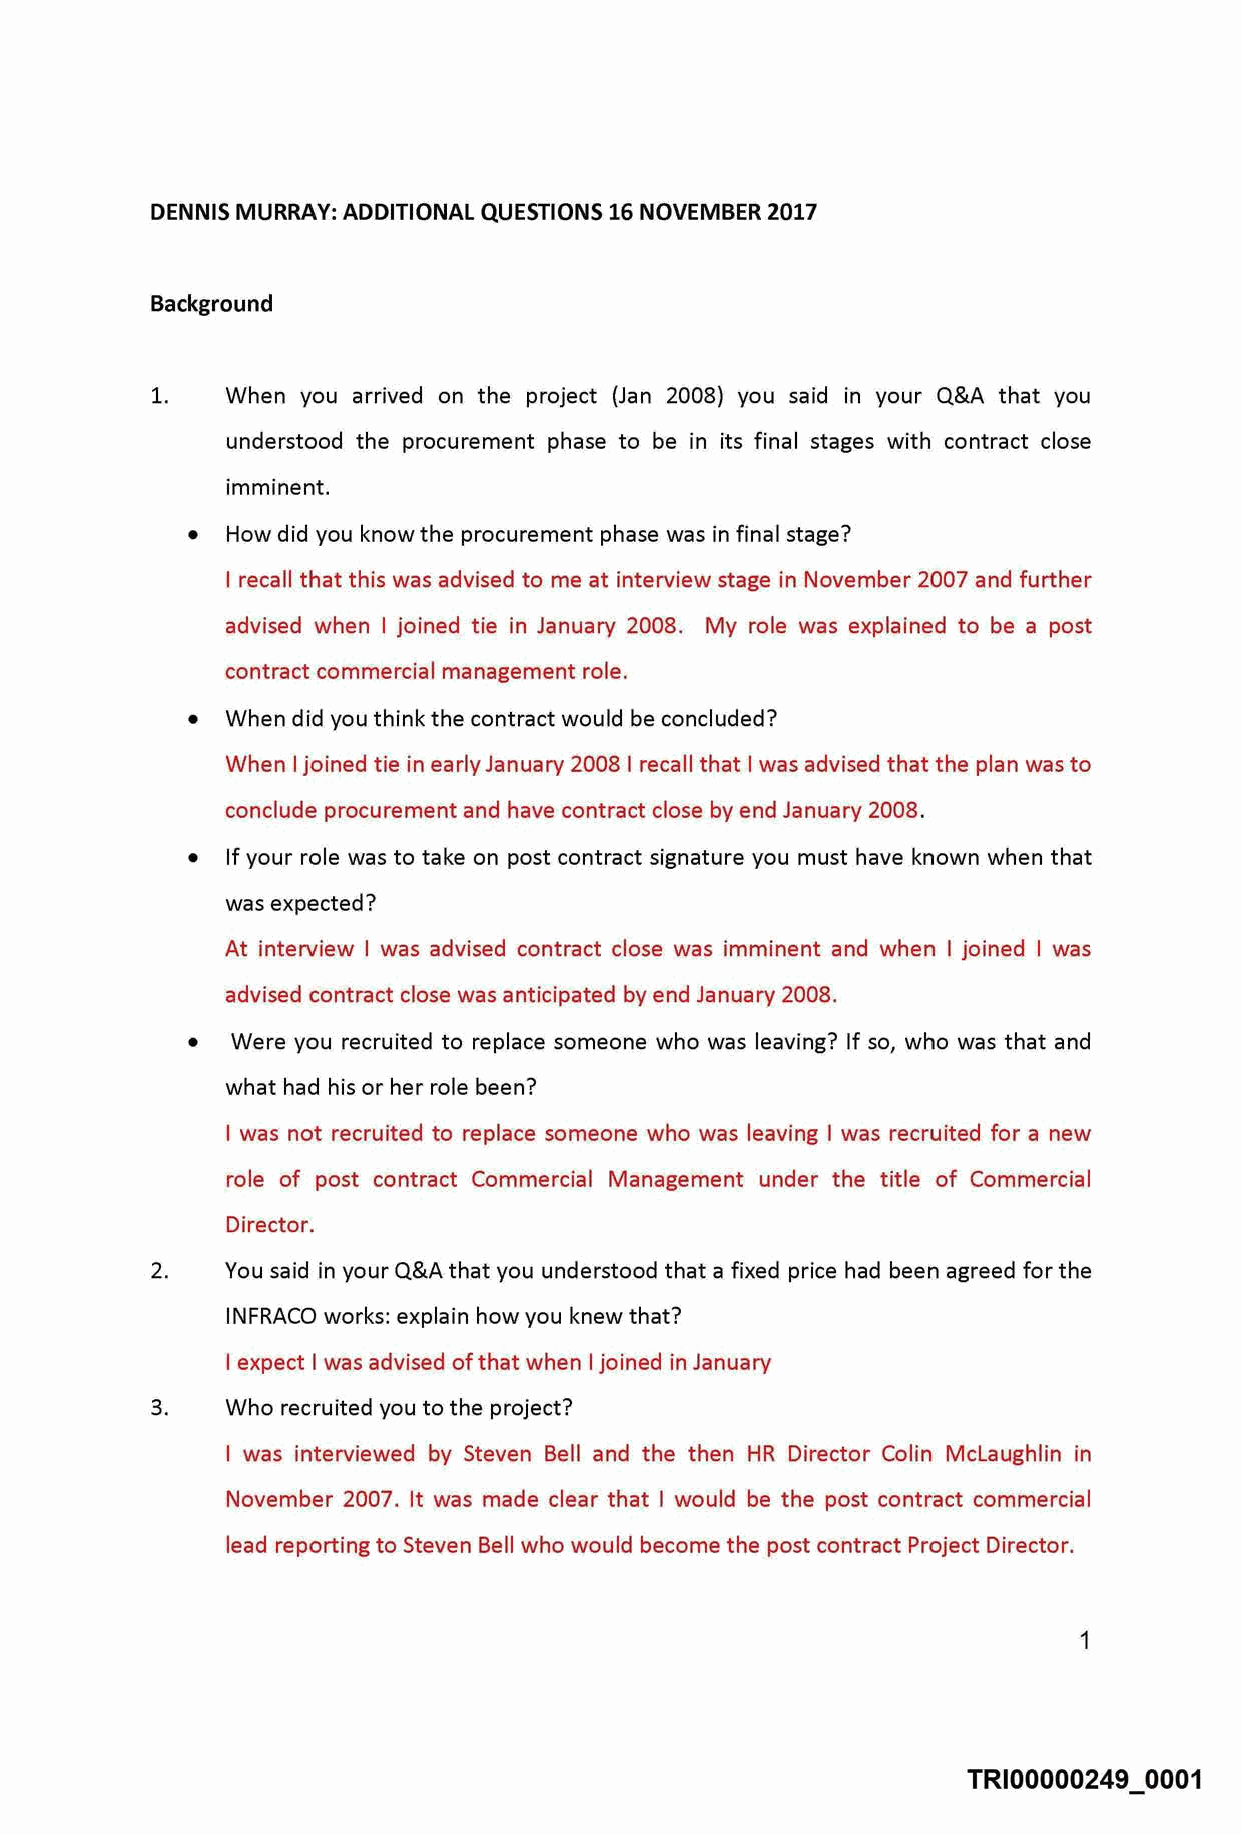
DENNIS MURRAY: ADDITIONAL QUESTIONS 16 NOVEMBER 2017
 Background
 1.   When you arrived on the project (Jan 2008) you said in your Q&A that you
 understood the procurement phase to be in its final stages with contract close
 imminent.
 •  How did you know the procurement phase was in final stage?
 I recall that this was advised to me at interview stage in November 2007 and further
 advised when I joined tie in January 2008. My role was explained to be a post
 contract commercial management role.
 •  When did you think the contract would be concluded?
 When I joined tie in early January 2008 I recall that I was advised that the plan was to
 conclude procurement and have contract close by end January 2008.
 •  If your role was to take on post contract signature you must have known when that
 was expected?
 At interview I was advised contract close was imminent and when I joined I was
 advised contract close was anticipated by end January 2008.
 •  Were you recruited to replace someone who was leaving? If so, who was that and
 what had his or her role been?
 I was not recruited to replace someone who was leaving I was recruited for a new
 role of post contract Commercial Management under the title of Commercial
 Director.
 2.   You said in your Q&A that you understood that a fixed price had been agreed for the
 INFRACO works: explain how you knew that?
 I expect I was advised of that when I joined in January
 3.   Who recruited you to the project?
 I was interviewed by Steven Bell and the then HR Director Colin Mclaughlin in
 November 2007. It was made clear that I would be the post contract commercial
 lead reporting to Steven Bell who would become the post contract Project Director.
 1
 TRI00000249 0001